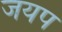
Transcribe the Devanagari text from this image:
जयप